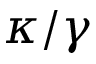
\kappa / \gamma